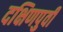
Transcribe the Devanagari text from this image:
दक्षिणपुर्वी